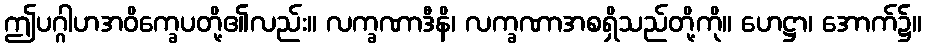
ဤပဂ္ဂါဟအဝိက္ခေပတို့၏လည်း။ လက္ခဏာဒီနိ၊ လက္ခဏာအစရှိသည်တို့ကို။ ဟေဋ္ဌာ၊ အောက်၌။